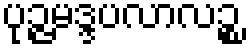
ပုဉ္ဇမဒ္ဒပလာလဉ္စ